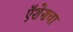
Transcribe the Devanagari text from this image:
ऍशेसचा